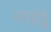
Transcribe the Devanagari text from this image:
नाइडू